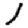
Digit: 1